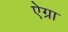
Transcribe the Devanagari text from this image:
ऐग्रा